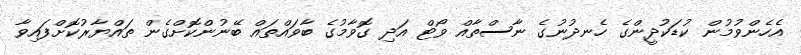
އެހެންވުމުން ކުޑަކުދީންގެ ހެނދުނުގެ ނާސްތާއް ވޯޓް އަދި ގޮވާމުގެ ބާވައްތައް ބޭނުންކޮށްގެން ތައްޔާރުކޮށްފައިވާ